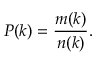
P ( k ) = \frac { m ( k ) } { n ( k ) } .